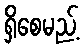
ရှိစေမည့်